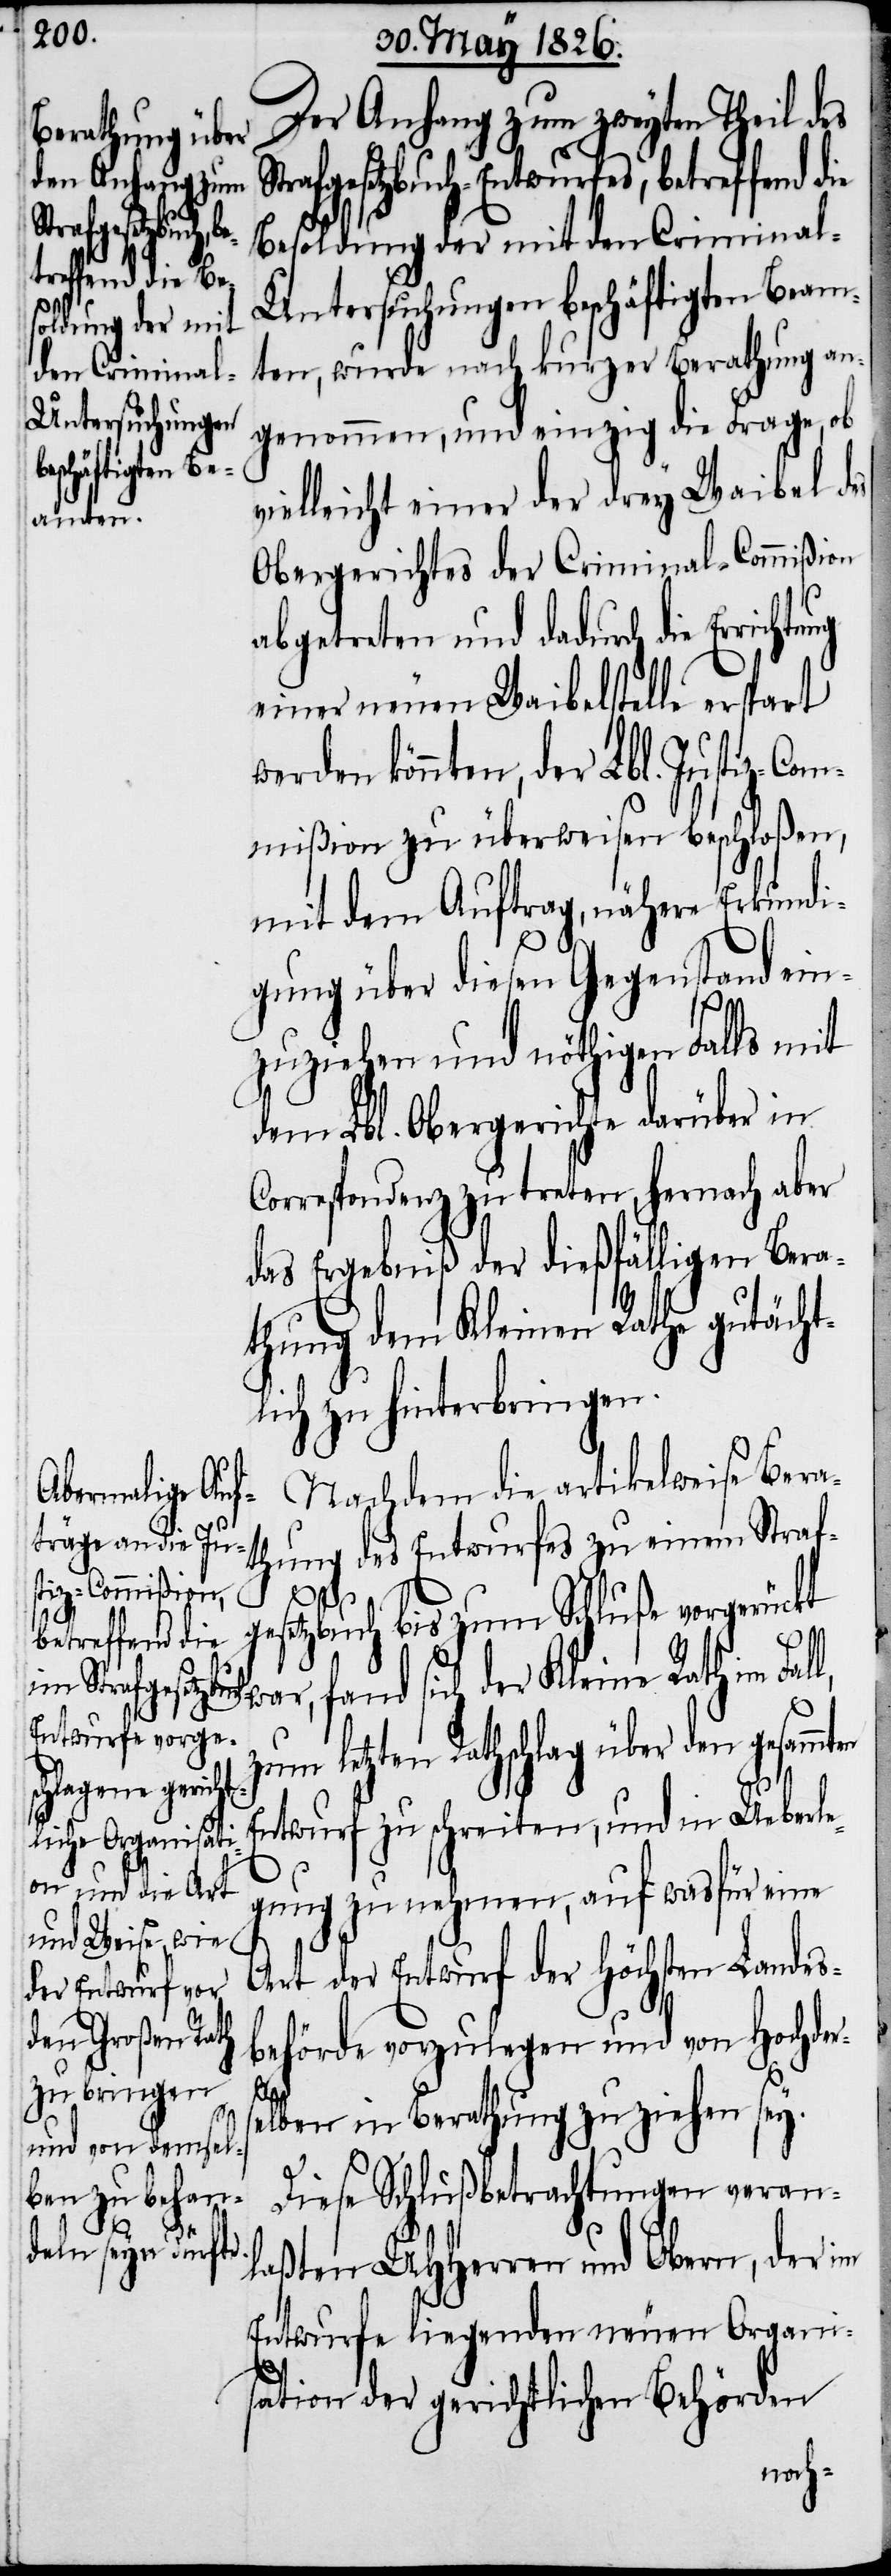
Der Anhang zum zweyten Theil des
afgesetzbuch-Entwurfes, betreffend
Besoldung der mit den Crimina¬
l-Untersuchungen beschäftigten Beam¬
ten, wurde nach kurzer Berathung an¬
genommen, und einzig die Frage, ob
vielleicht einer der drey Waibel des
Obergerichtes der Criminal-Commißion
abgetreten und dadurch die Erric¬
einer neuen Waibelstelle erspart
werden könnte, der Lbl. Justiz-Com¬
mißion zu überweisen beschloßen,
mit dem Auftrag, nähere Erkundi¬
gung über diesen Gegenstand ein¬
zuziehen und nöthigen Falls mit
dem Lbl. Obergerichte darüber in
Correspondenz zu treten, hernach aber
das Ergebniß der dießfälligen Bera¬
thung dem Kleinen Rathe gutächt¬
lich zu hinterbringen.
Nachdem die artikelweise Bera¬
thung des Entwurfes zu einem Straf¬
gesetzbuch bis zum Schluße vorgerückt
war, fand sich der Kleine Rath im
zum letzten Rathschlag über den gesammten
Entwurf zu schreiten, und in Ueberle¬
gung zu nehmen, auf wasfür eine
Art der Entwurf der Höchsten Landes¬
behörde vorzulegen und von Hochder¬
laß¬
selben in Berathung zu ziehen sey.
Diese Schlußbetrachtungen veran¬
ten UHHerren und Obern, der im
Entwurfe liegenden neuen Organi¬
sation der gerichtlichen Behörden